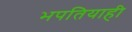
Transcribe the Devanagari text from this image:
भपतियाही